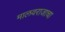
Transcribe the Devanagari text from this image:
मालवराजाचा